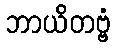
ဘာယိတဗ္ဗံ